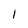
Character: 1